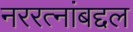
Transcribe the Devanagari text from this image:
नररत्नांबद्दल